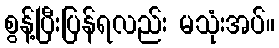
စွန့်ပြီးပြန်ရလည်း မသုံးအပ်။